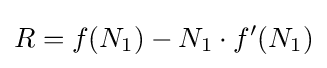
R=f(N_{1})-N_{1}\cdot f'(N_{1})